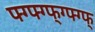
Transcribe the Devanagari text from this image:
फ्ग्फ्ग्फ्ग्फ्ग्फ्